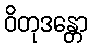
ဝိတုဒန္တော